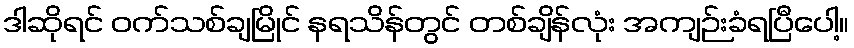
ဒါဆိုရင် ဝက်သစ်ချမြိုင် နရသိန်တွင် တစ်ချိန်လုံး အကျဉ်းခံရပြီပေါ့။